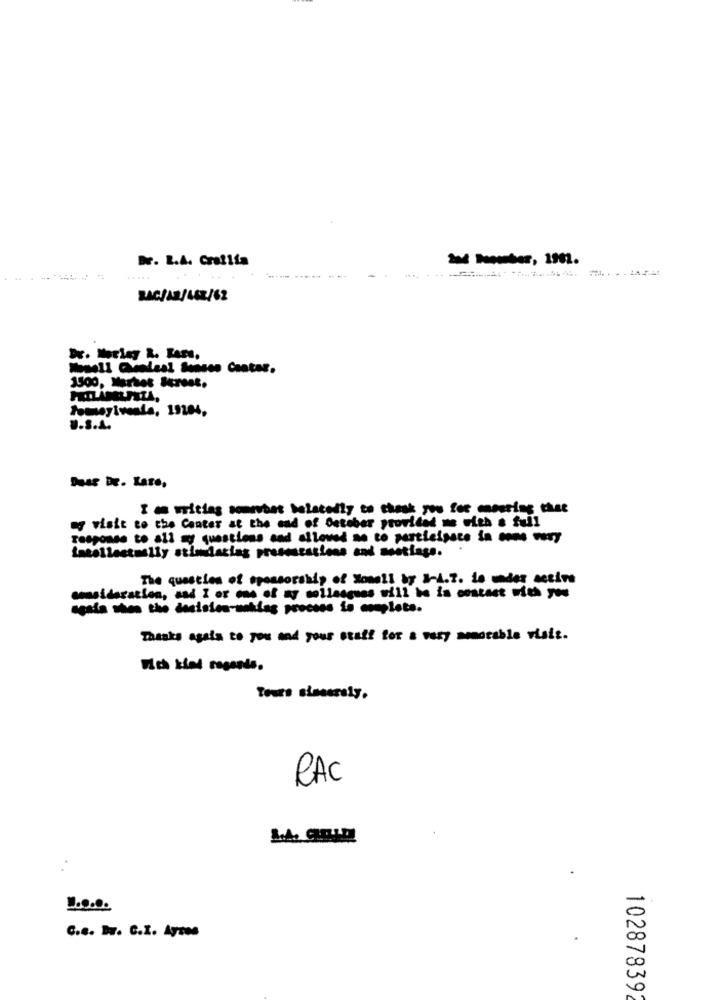
DV. L.A. Crafifa
1 ouber, 1992.
.....
RAC/42/462/62
1500, Martes terest.
Pomeyivenla, 19284,
8.3.4.
Duar DE. Late,
I m writing somevbat belatedly to thask you for ensuring that
my visit to the Center at the end of October provided me with a full
response to all my questions and allowed ao to participate in cons very
intellectually atlondatiag presentations and meetings.
The question of sponsorship of Monell by 1-4.2. Le undes setine
ommeidazacion, and I or one of my colleagues will be in contact with you
Thanks again to you and your staff for a very memorable visit.
With kind regards.
RAC
C.e. Dr. C.I. Aysen
10287839